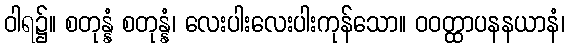
ဝါရ၌။ စတုန္နံ စတုန္နံ၊ လေးပါးလေးပါးကုန်သော။ ဝဝတ္ထာပနနယာနံ၊